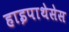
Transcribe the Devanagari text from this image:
हाइपाथेसेस